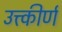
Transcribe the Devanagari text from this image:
उत्त्कीर्ण